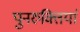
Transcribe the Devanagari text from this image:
पुनरुक्तियां